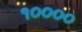
૧૦૦૦૦